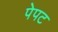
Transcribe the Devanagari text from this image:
पेपट